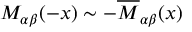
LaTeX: { \cal M } _ { \alpha \beta } ( - x ) \sim - { \cal \overline { { M } } } _ { \alpha \beta } ( x )